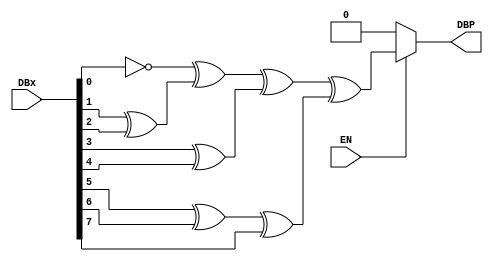
module OddParityGen (
	output  DBP,
	input  [7:0] DBx,
	input   EN
);

//`#start body` -- edit after this line, do not edit this line

	// For some reason the "simple" implementation uses up about 34% of all
	// PLD resources on a PSoC 5LP
	// 1 ^ DBx[0] ^ DBx[1] ^ DBx[2] ^ DBx[3] ^ DBx[4] ^ DBx[5] ^ DBx[6] ^ DBx[7]

	// Breaking the expression up into parts seems to use much less resources.
	wire tmp = 1 ^ DBx[0];
	wire tmpa = DBx[1] ^ DBx[2];
	wire tmpb = DBx[3] ^ DBx[4];
	wire tmpc = DBx[5] ^ DBx[6] ^ DBx[7];
	assign DBP = EN ? tmp ^ tmpa ^ tmpb ^ tmpc : 0;
//`#end` -- edit above this line, do not edit this line
endmodule